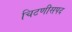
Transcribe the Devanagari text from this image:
चिटणीसपद